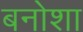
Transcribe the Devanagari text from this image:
बनोशा